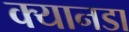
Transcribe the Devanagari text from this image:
क्यानडा